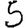
Digit: 5